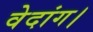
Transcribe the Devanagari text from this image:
वेदांग।